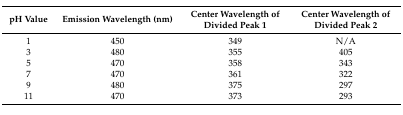
| pH Value | Emission Wavelength (nm) | Center Wavelength of Divided Peak 1 | Center Wavelength of Divided Peak 2 |
 | --- | --- | --- | --- |
 | 1 | 450 | 349 | N/A |
 | 3 | 480 | 355 | 405 |
 | 5 | 470 | 358 | 343 |
 | 7 | 470 | 361 | 322 |
 | 9 | 480 | 375 | 297 |
 | 11 | 470 | 373 | 293 |